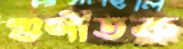
গুণীতক